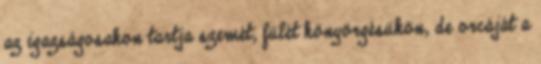
az igazságosakon tartja szemét, fülét könyörgésükön, de orcáját a